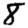
Digit: 8